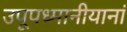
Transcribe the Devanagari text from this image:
उपूपध्मानीयानां